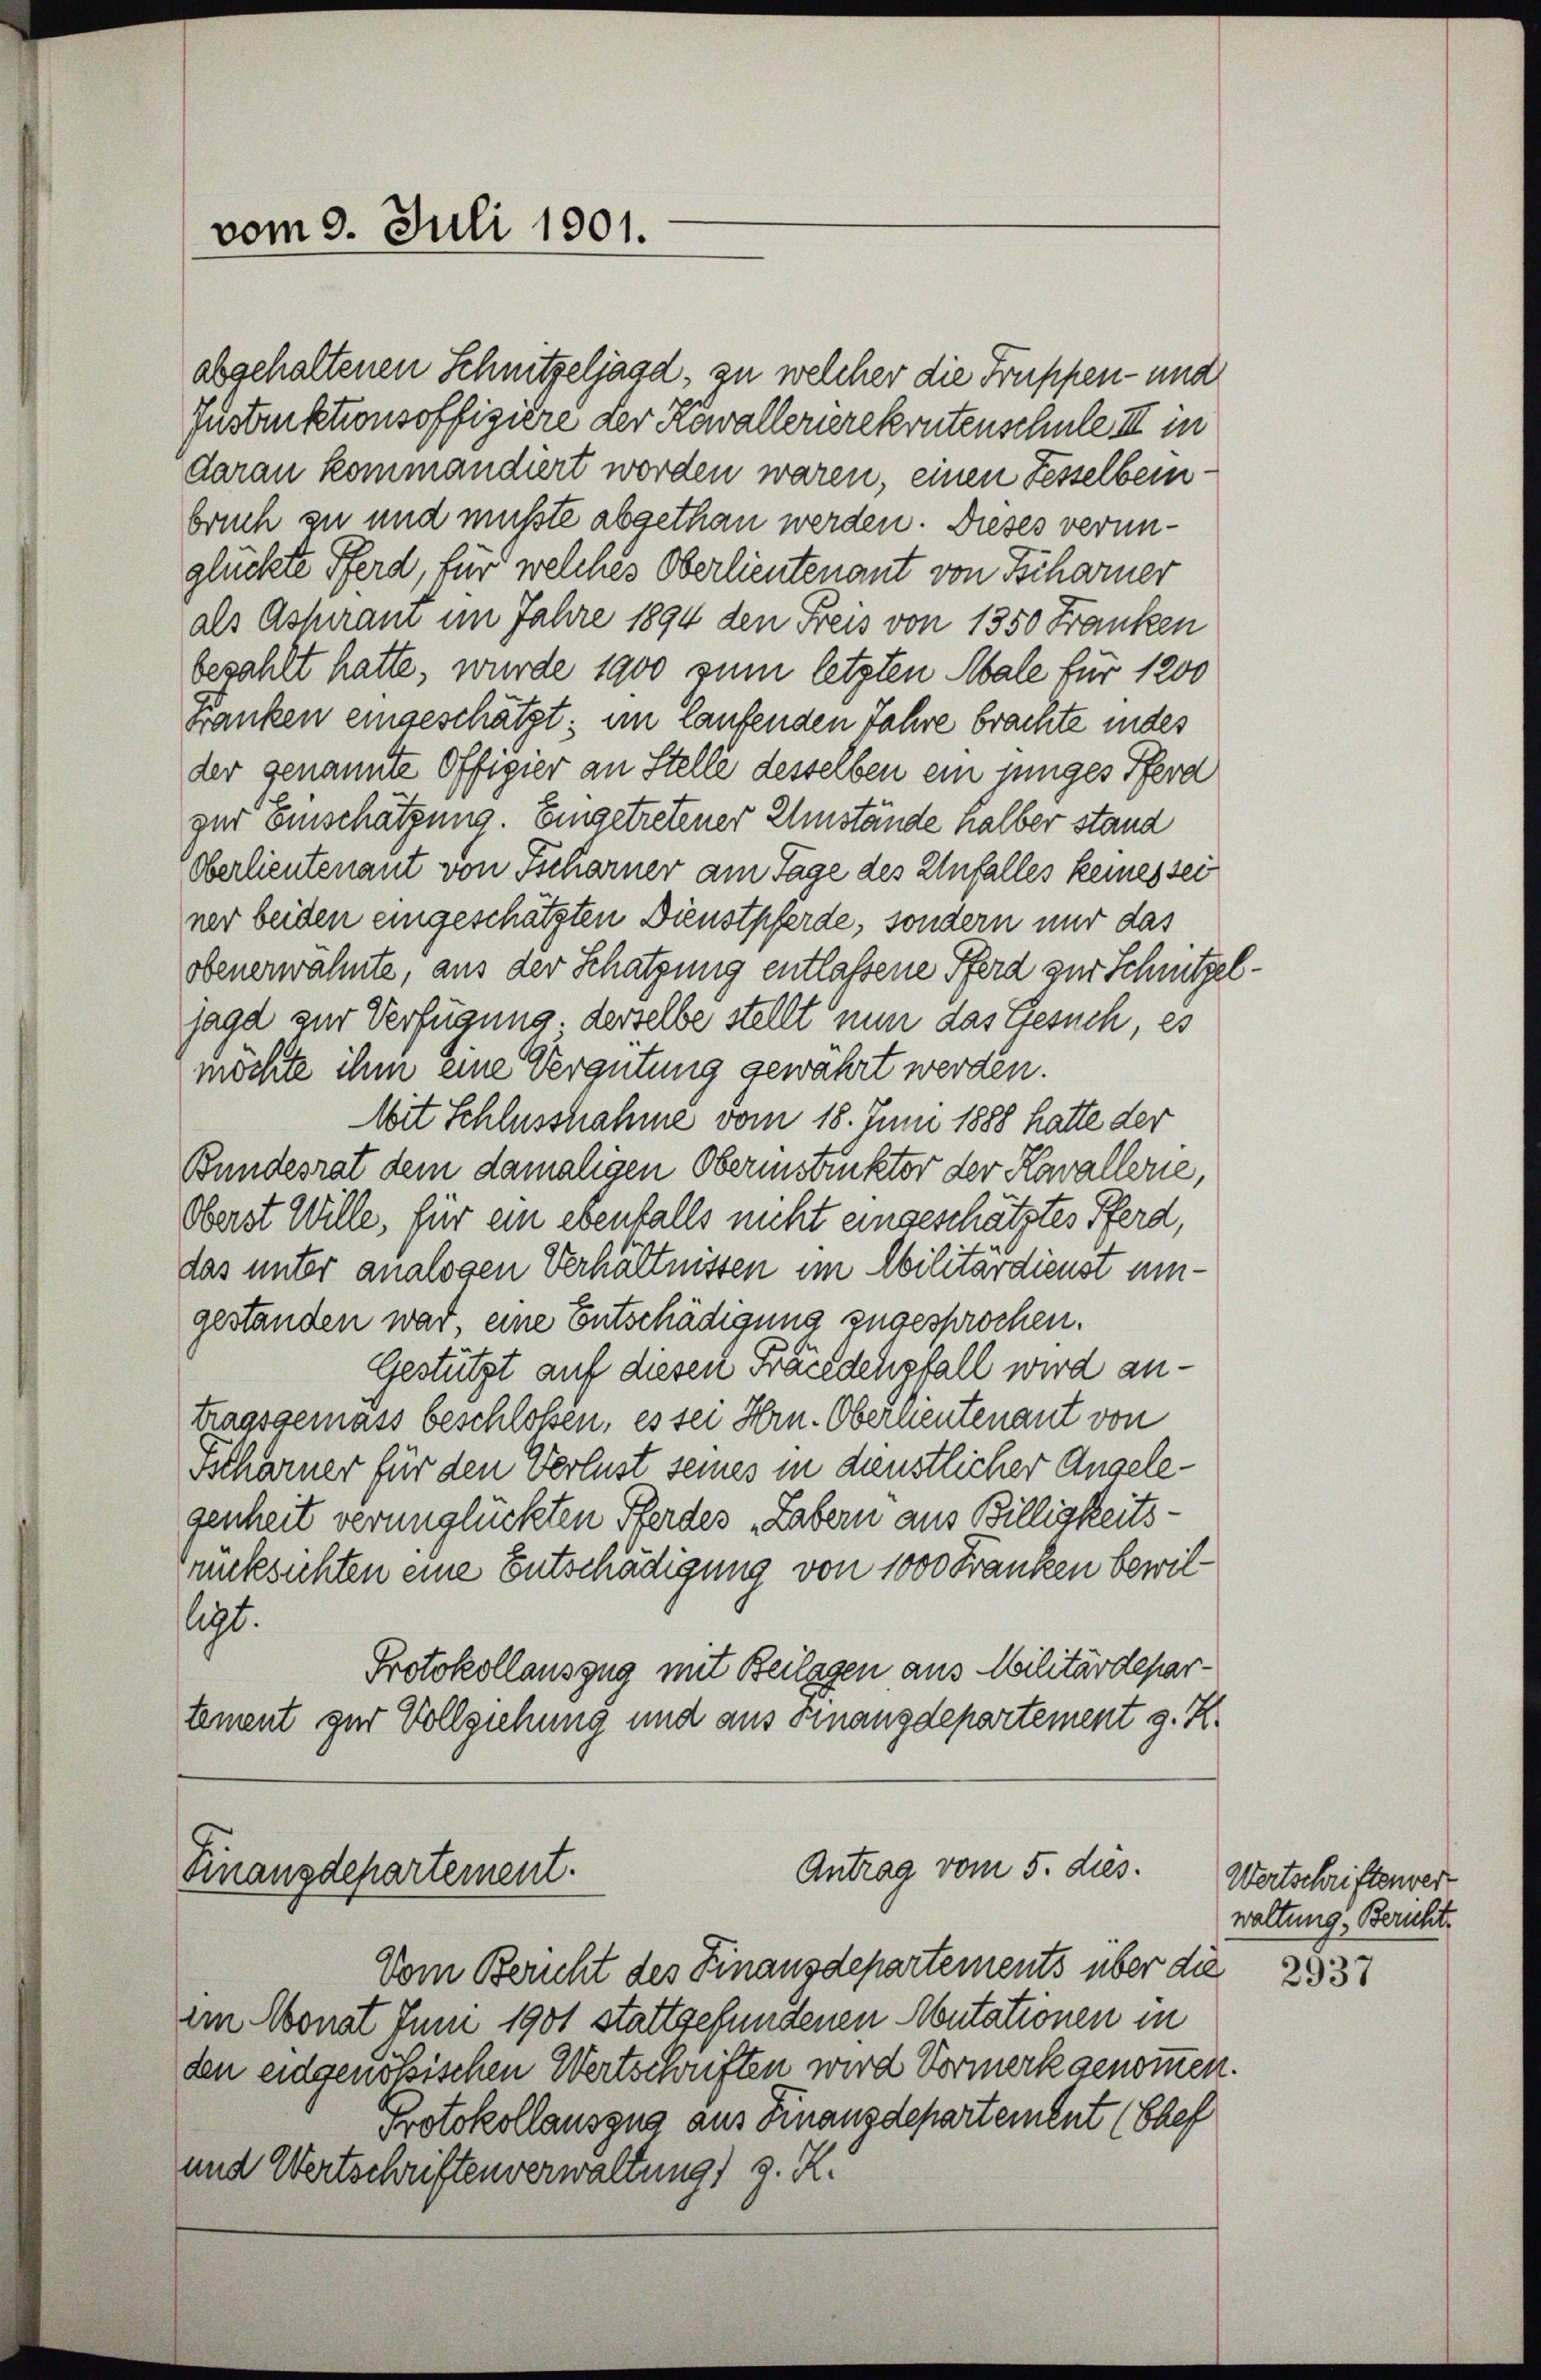
vom 9. Juli 1901.

Antrag vom 5. dies.
Finanzdepartement.

abgehaltenen Schnitzeljagd, zu welcher die Truppen- und
Instruktionsoffiziere der Kowallerierekrutenschule III in
darau kommandiert worden waren, einen Fesselbeinbruch zu und mußte abgethan werden. Dieses verunglückte Pferd, für welches Oberlieutenant von Scharner
als Aspirant im Jahre 1894 den Freis von 1350 Franken
besahlt hatte, wurde 1900 zum letzten Male für 1200
Fanken eingeschätzt; im Laufenden Jahre brachte indes
der genannte Offigier an Stelle desselben ein junges Pferd
zur Einschätzung. Eingetretener Umstände halber stand
Oberlieutenant von Tscharner am Tage des Unfalles keines sei
ner beiden eingeschätzten Dienstpferde, sondern nur das
obenerwähnte, aus der Schatzung entlassene Pferd zur Schnitzeljagd zur Verfügung, derselbe stellt nun das Gesuch, es
möchte ihm eine Vergütung gewährt werden.
Mit Schlussnahme vom 18. Juni 1888 hatte der
Bundesrat dem damaligen Oberistinkter der Kowallerie,
Oberst Wille, für ein ebenfalls nicht eingeschätztes Pferd,
das unter analogen Verhältnissen im Abilitärdienst umgestanden war, eine Entschädigung zugesprochen.
Gestützt auf diesen Fräcedenfall wird antragsgemäss beschloßen, es sei Hrn. Oberneutenant von
Tscharner für den Verlust seines in dienstlicher Angelegenheit verunglückten Pferdes „Labern aus Billigkeitsrüksichten eine Entschädigung von 1000 Franken bewilligt.
Protokollauszug mit Beilagen aus Militärdepartement zur Vollziehung und aus Finanzdepartement g. K.

Vom Bericht des Finanzdepartements über die
im Monat Juni 1901 stattgefundenen Abutationen in
den eidgenößischen Wertschriften wird Vormerk genommen.
Protokollauszug aus Finanzdepartement (Ehef
und Wertschriftenverwaltung, z. K.

Wertschriftenver
waltung, Bericht.

2937